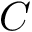
C